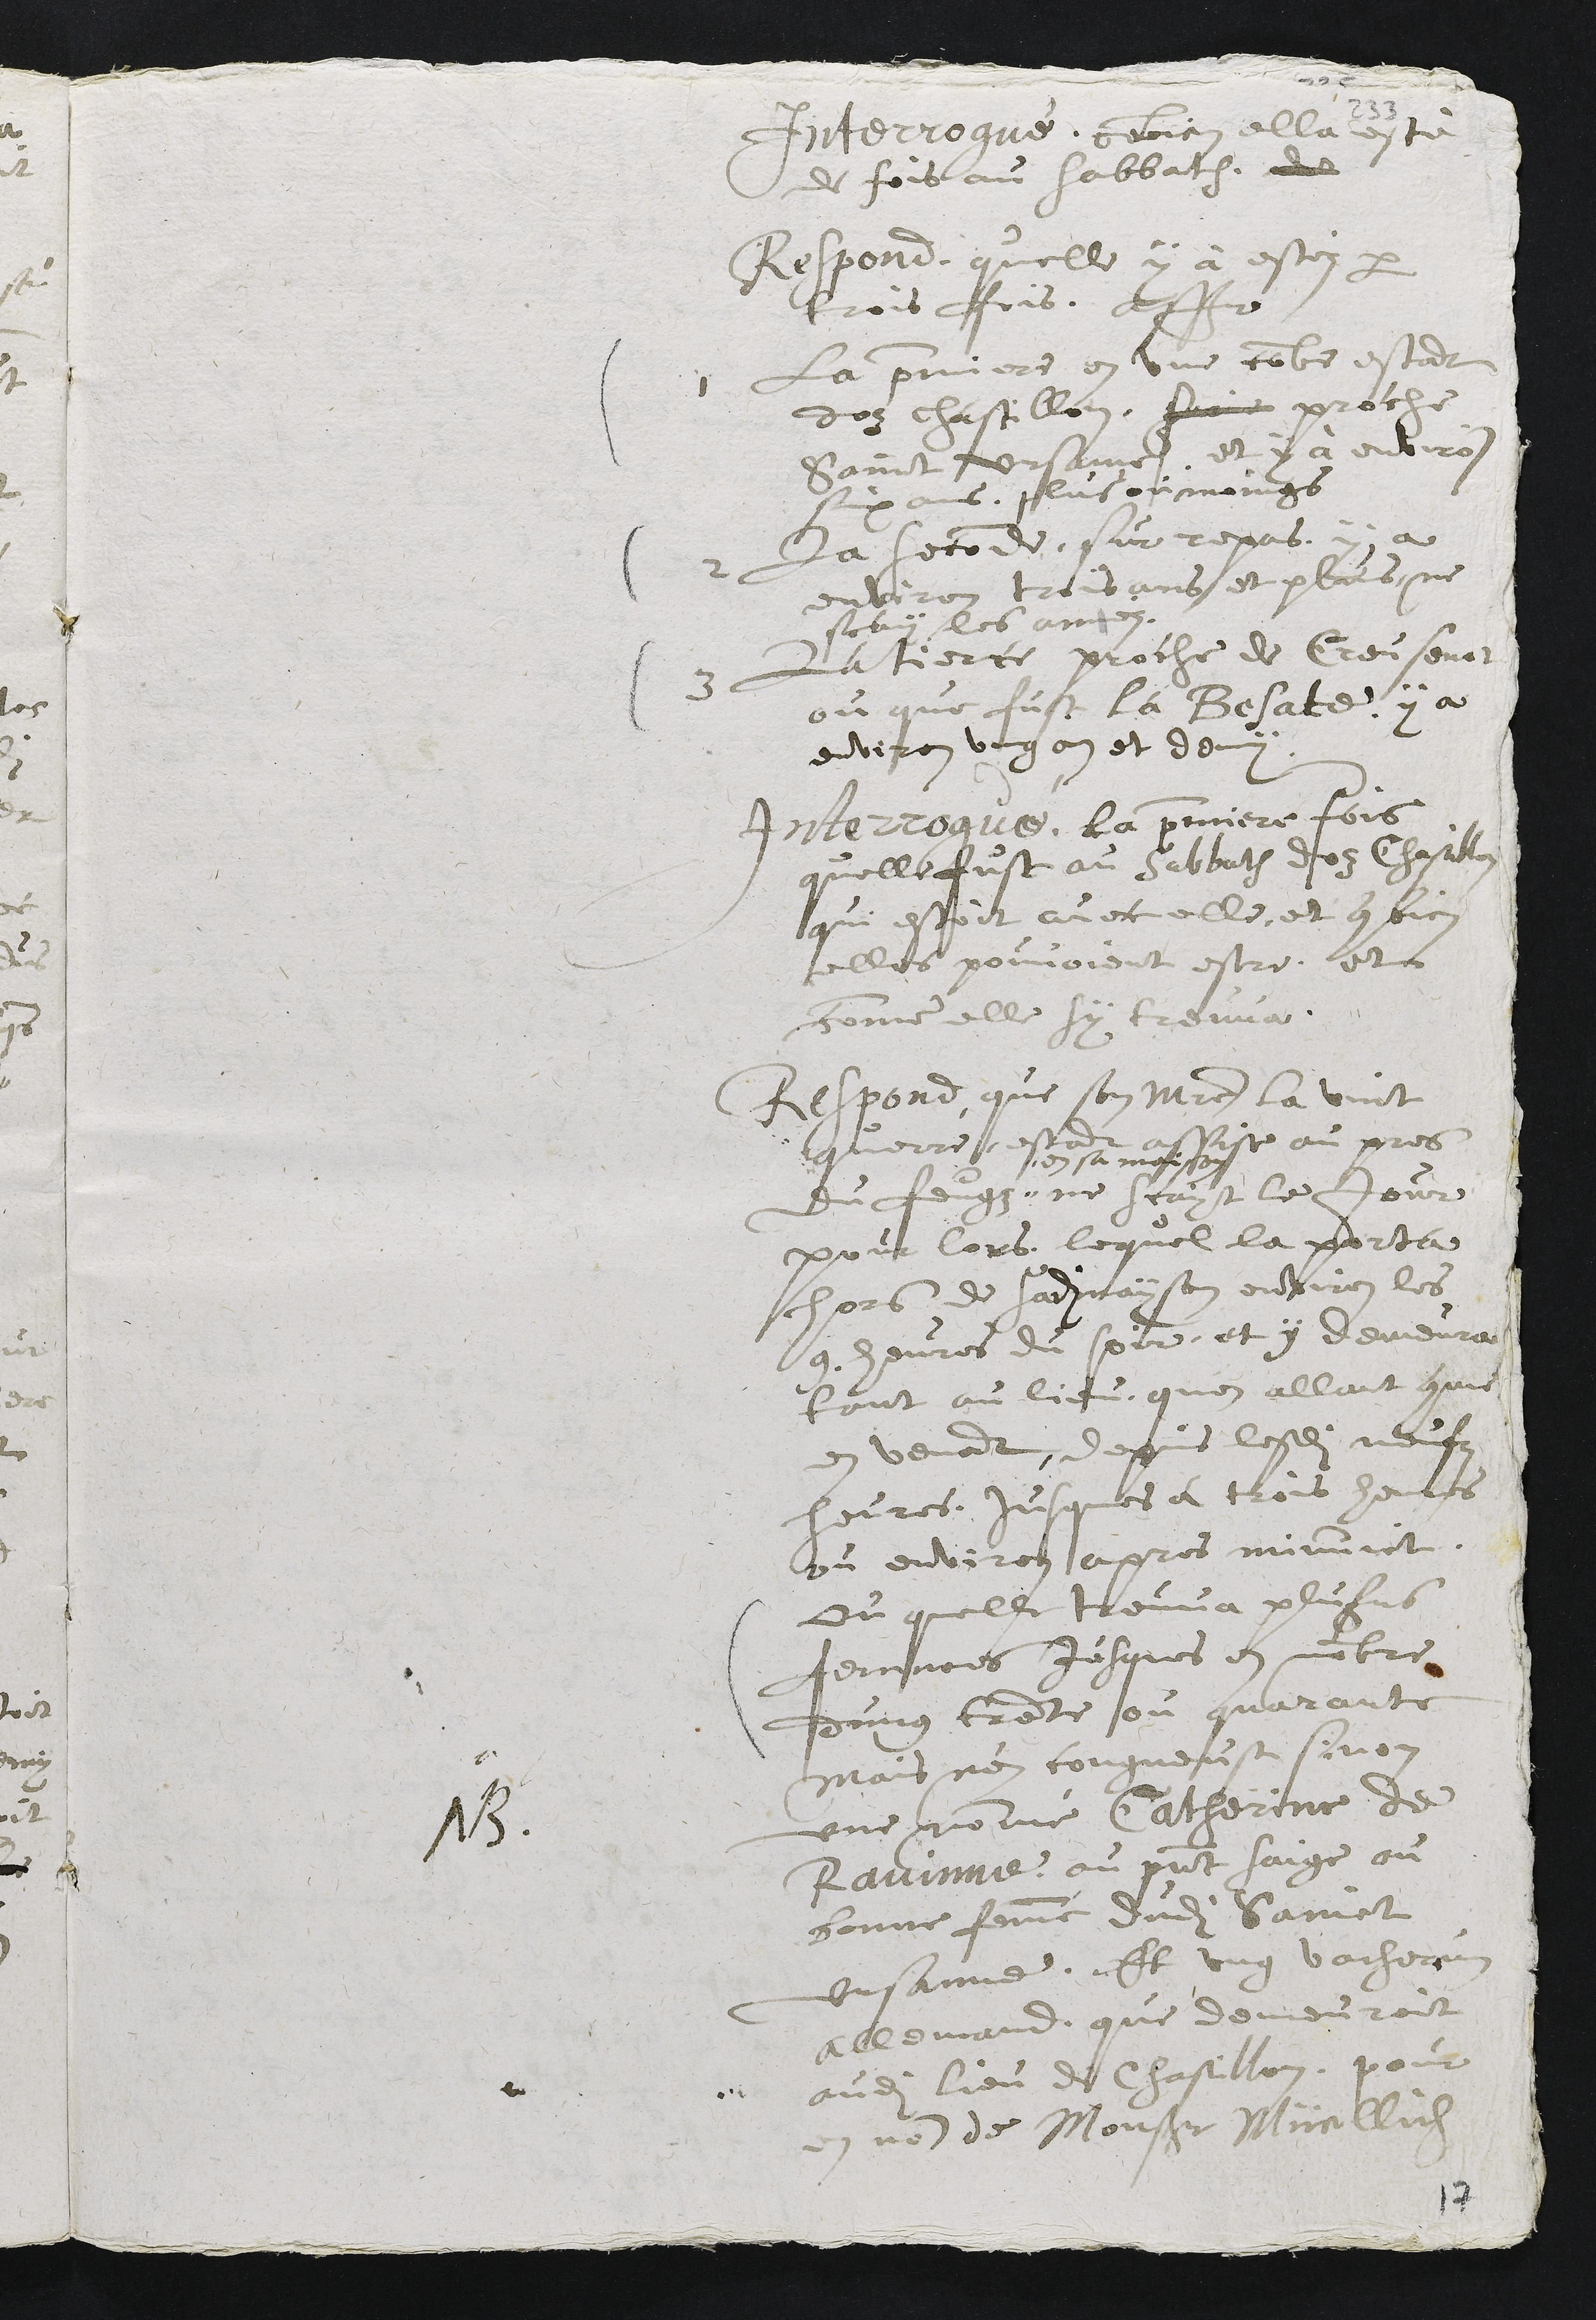
Interrogue, combien ella esté
de fois au sabbath. de
Respond, quelle y à esté par
trois fois, assavoir
1 La premiere en une combe estant
doz chastillon, Prois proche
Sainct Ursanne, et y à environ
six ans, plus ou moings
2 La seconde, sur repas, y a
environ trois ans et plus, ne
scay les annés.
3 La tierce proche de Creusenat
ou que fust la Besate, y a
environ ung an et demy.
Interrogue, la premiere fois
quelle fust au Sabbath doz Chastillon
qui estoit avec elle, et combien
elles pouvoient estre, et
comme elle sy treuva.
Respond, que son maistre la vint
querre, estant assise au pres
du feugz "
" en sa maison
ne scayt le jour
pour lors, lequel la porta
hors de sadite mayson environ les
9. heures du soir, et y demeura
tant au lieu quen allant comme
en venant, depuis lesdits neufz
heures, jusques à trois heures
ou environ apres minuit.
Ou quelle treuva plusieurs
femmes jusques a nombre
dung trente ou quarante
mais n'en congneust sinon
NB.
une nommé Catherine de
Ravinne au present saige ou
bonne femme dudit Sainct
Ursanne. Et ung vacherun
allemand, que demeuroit
audit lieu de Chastillon, pour
en non de Monsieur Müellich